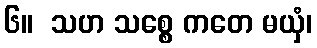
၆။  သဟ သစ္စေ ကတေ မယှံ၊